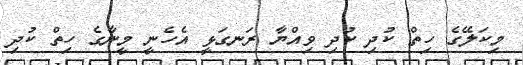
މިކަލޭގެ ހިތް ކުދި ކުދި ވިއްޔާ ރަނގަޅީ އެހެނީ މީނާގެ ހިތް ކުދި